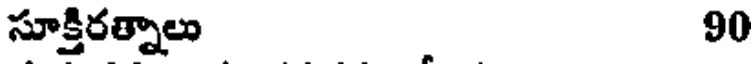
సూక్తిరత్నాలు 90